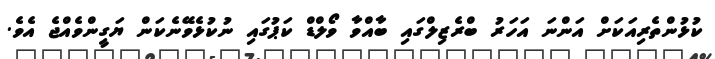
ކުޅުންތެރިއަކަށް އަންނަ އަހަރު ބްރެޒިލްގައި ބާއްވާ ވޯލްޑް ކަޕުގައި ނުކުޅެވޭނެކަން ޔަގީންވެއްޖެ އެވެ.